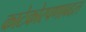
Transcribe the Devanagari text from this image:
काटेकोरपणाबद्दल